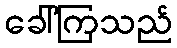
ခေါ်ကြသည်